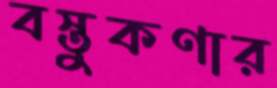
বস্তুকণার